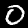
Digit: 0